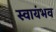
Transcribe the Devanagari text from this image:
स्वायंभव